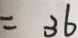
= 3 6